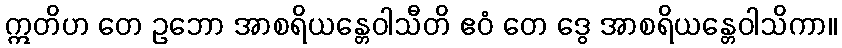
ဣတိဟ တေ ဥဘော အာစရိယန္တေဝါသီတိ ဧဝံ တေ ဒွေ အာစရိယန္တေဝါသိကာ။